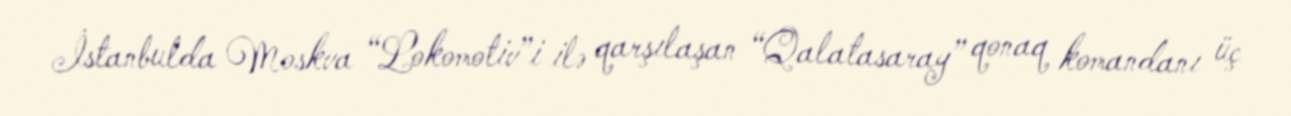
İstanbulda Moskva “Lokomotiv”i ilə qarşılaşan “Qalatasaray” qonaq komandanı üç